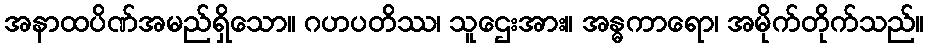
အနာထပိဏ်အမည်ရှိသော။ ဂဟပတိဿ၊ သူဌေးအား။ အန္ဓကာရော၊ အမိုက်တိုက်သည်။